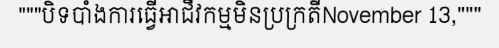
"""បិទបាំងការធ្វើអាជីវកម្មមិនប្រក្រតីNovember 13,"""